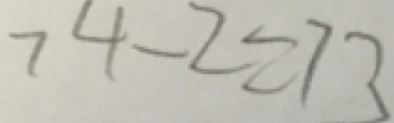
7 4 - 2 = 7 3